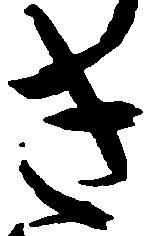
き